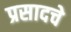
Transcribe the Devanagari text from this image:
प्रसादचे